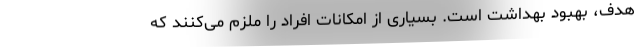
هدف، بهبود بهداشت است. بسیاری از امکانات افراد را ملزم می‌کنند که